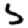
Digit: 5